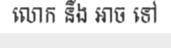
លោក នឹង ឤច ទៅ